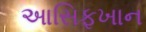
આસિફખાન